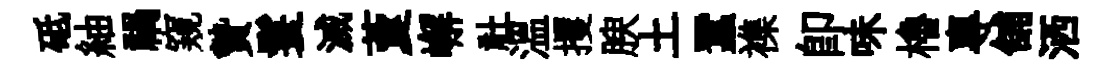
砥紬禍窺贄鬟滅藑嶰社溫攫腴土蠶襍即味櫓專舖洒